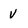
Character: v